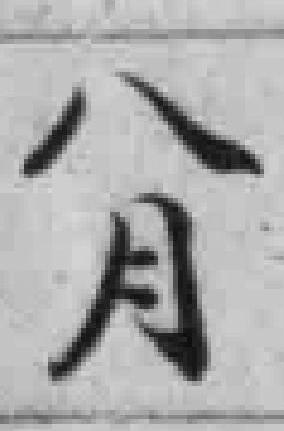
八月